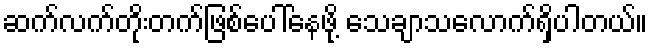
ဆက်လက်တိုးတက်ဖြစ်ပေါ်နေဖို့ သေချာသလောက်ရှိပါတယ်။